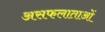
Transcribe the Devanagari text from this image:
असफलाताओं